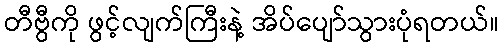
တီဗွီကို ဖွင့်လျက်ကြီးနဲ့ အိပ်ပျော်သွားပုံရတယ်။